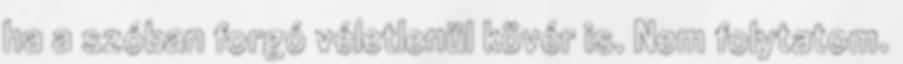
ha a szóban forgó véletlenül kövér is. Nem folytatom.